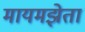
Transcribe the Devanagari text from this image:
मायमझेता